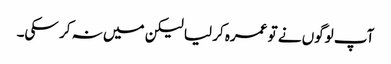
آپ لوگوں نے تو عمرہ کر لیا لیکن میں نہ کر سکی۔